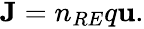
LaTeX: \begin{array}{r}{{\mathbf J}=n_{RE}q{\mathbf u}.}\end{array}